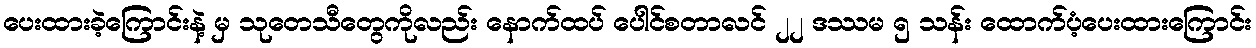
ပေးထားခဲ့ကြောင်းနဲ့ မှ သုတေသီတွေကိုလည်း နောက်ထပ် ပေါင်စတာလင် ၂၂ ဒဿမ ၅ သန်း ထောက်ပံ့ပေးထားကြောင်း